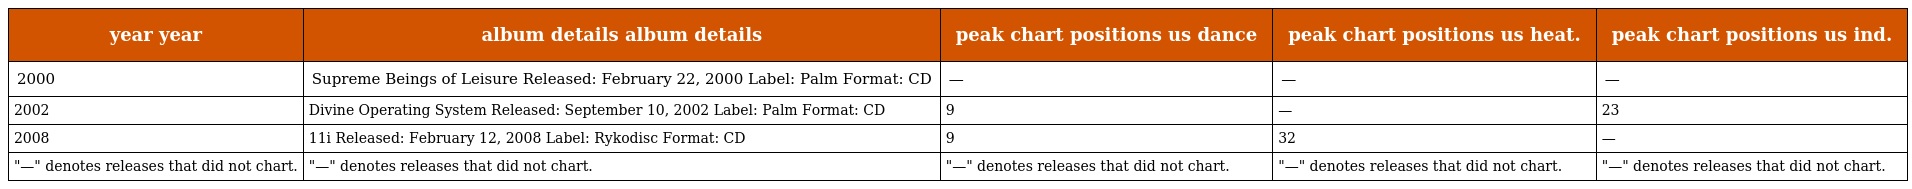
| year year | album details album details | peak chart positions us dance | peak chart positions us heat. | peak chart positions us ind. |
 | --- | --- | --- | --- | --- |
 | 2000 | Supreme Beings of Leisure Released: February 22, 2000 Label: Palm Format: CD | — | — | — |
 | 2002 | Divine Operating System Released: September 10, 2002 Label: Palm Format: CD | 9 | — | 23 |
 | 2008 | 11i Released: February 12, 2008 Label: Rykodisc Format: CD | 9 | 32 | — |
 | "—" denotes releases that did not chart. | "—" denotes releases that did not chart. | "—" denotes releases that did not chart. | "—" denotes releases that did not chart. | "—" denotes releases that did not chart. |